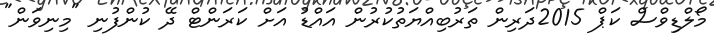
މޯލްޑިވްސް ކަޕް 2015ދަރިން ތަރުބިއްޔަތުކުރުން އައްޑު އަށް ކަރަންޓް ދޭ ކުންފުނި "މިނިވަން"